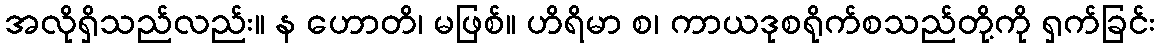
အလိုရှိသည်လည်း။ န ဟောတိ၊ မဖြစ်။ ဟိရိမာ စ၊ ကာယဒုစရိုက်စသည်တို့ကို ရှက်ခြင်း